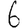
Digit: 6